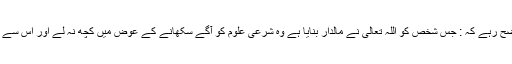
یہ واضح رہے کہ : جس شخص کو اللہ تعالی نے مالدار بنایا ہے وہ شرعی علوم کو آگے سکھانے کے عوض میں کچھ نہ لے اور اس سے بچے۔